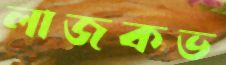
লাজকভ